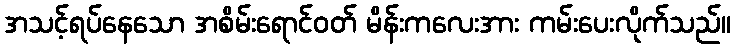
အသင့်ရပ်နေသော အစိမ်းရောင်ဝတ် မိန်းကလေးအား ကမ်းပေးလိုက်သည်။